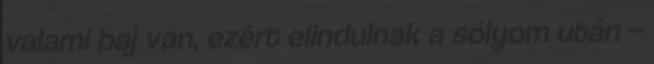
valami baj van, ezért elindulnak a sólyom után –